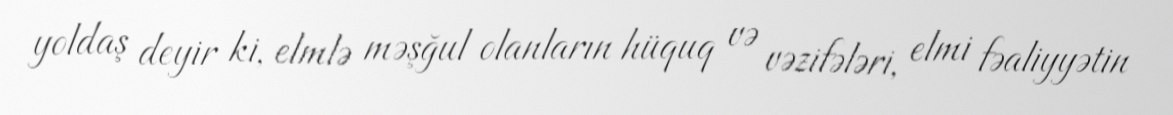
yoldaş deyir ki, elmlə məşğul olanların hüquq və vəzifələri, elmi fəaliyyətin